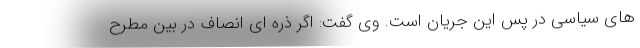
های سیاسی در پس این جریان است. وی گفت: اگر ذره ای انصاف در بین مطرح